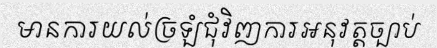
មានការយល់ច្រឡំជុំវិញការអនុវត្តច្បាប់